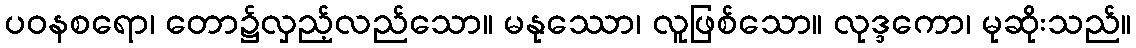
ပဝနစရော၊ တော၌လှည့်လည်သော။ မနုဿော၊ လူဖြစ်သော။ လုဒ္ဒကော၊ မုဆိုးသည်။